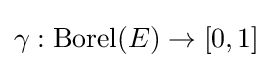
\gamma :\operatorname {Borel} (E)\to [0,1]